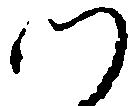
つ